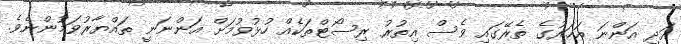
އަދި އަންނަ އަހަރުގެ ތެރޭގައި ވެސް އިތުރު ރިސޯޓްތަކެއް ހުޅުވުމަށް އަންނަނީ ތައްޔާރުވަމުންނެވެ.